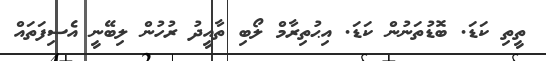
ތީތި ކަޑަ. ބޮޑުތަނުން ކަޑަ. އިޙުތިރާމް ލޯބި ތާއީދު ރުހުން ލިބޭނީ އެސިފަތައް